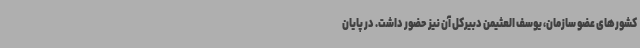
کشورهای عضو سازمان، یوسف العثیمن دبیرکل آن نیز حضور داشت. در پایان